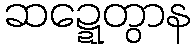
ဆဍ္ဍေတွာန